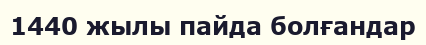
1440 жылы пайда болғандар